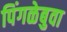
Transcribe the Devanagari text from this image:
पिंगळेबुवा